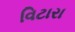
વિટારા